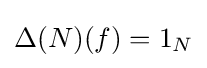
\Delta (N)(f)=1_{N}